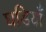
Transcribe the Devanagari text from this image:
घडियाँ